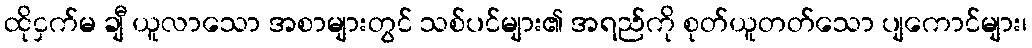
ထိုငှက်မ ချီ ယူလာသော အစာများတွင် သစ်ပင်များ၏ အရည်ကို စုတ်ယူတတ်သော ပျကောင်များ၊